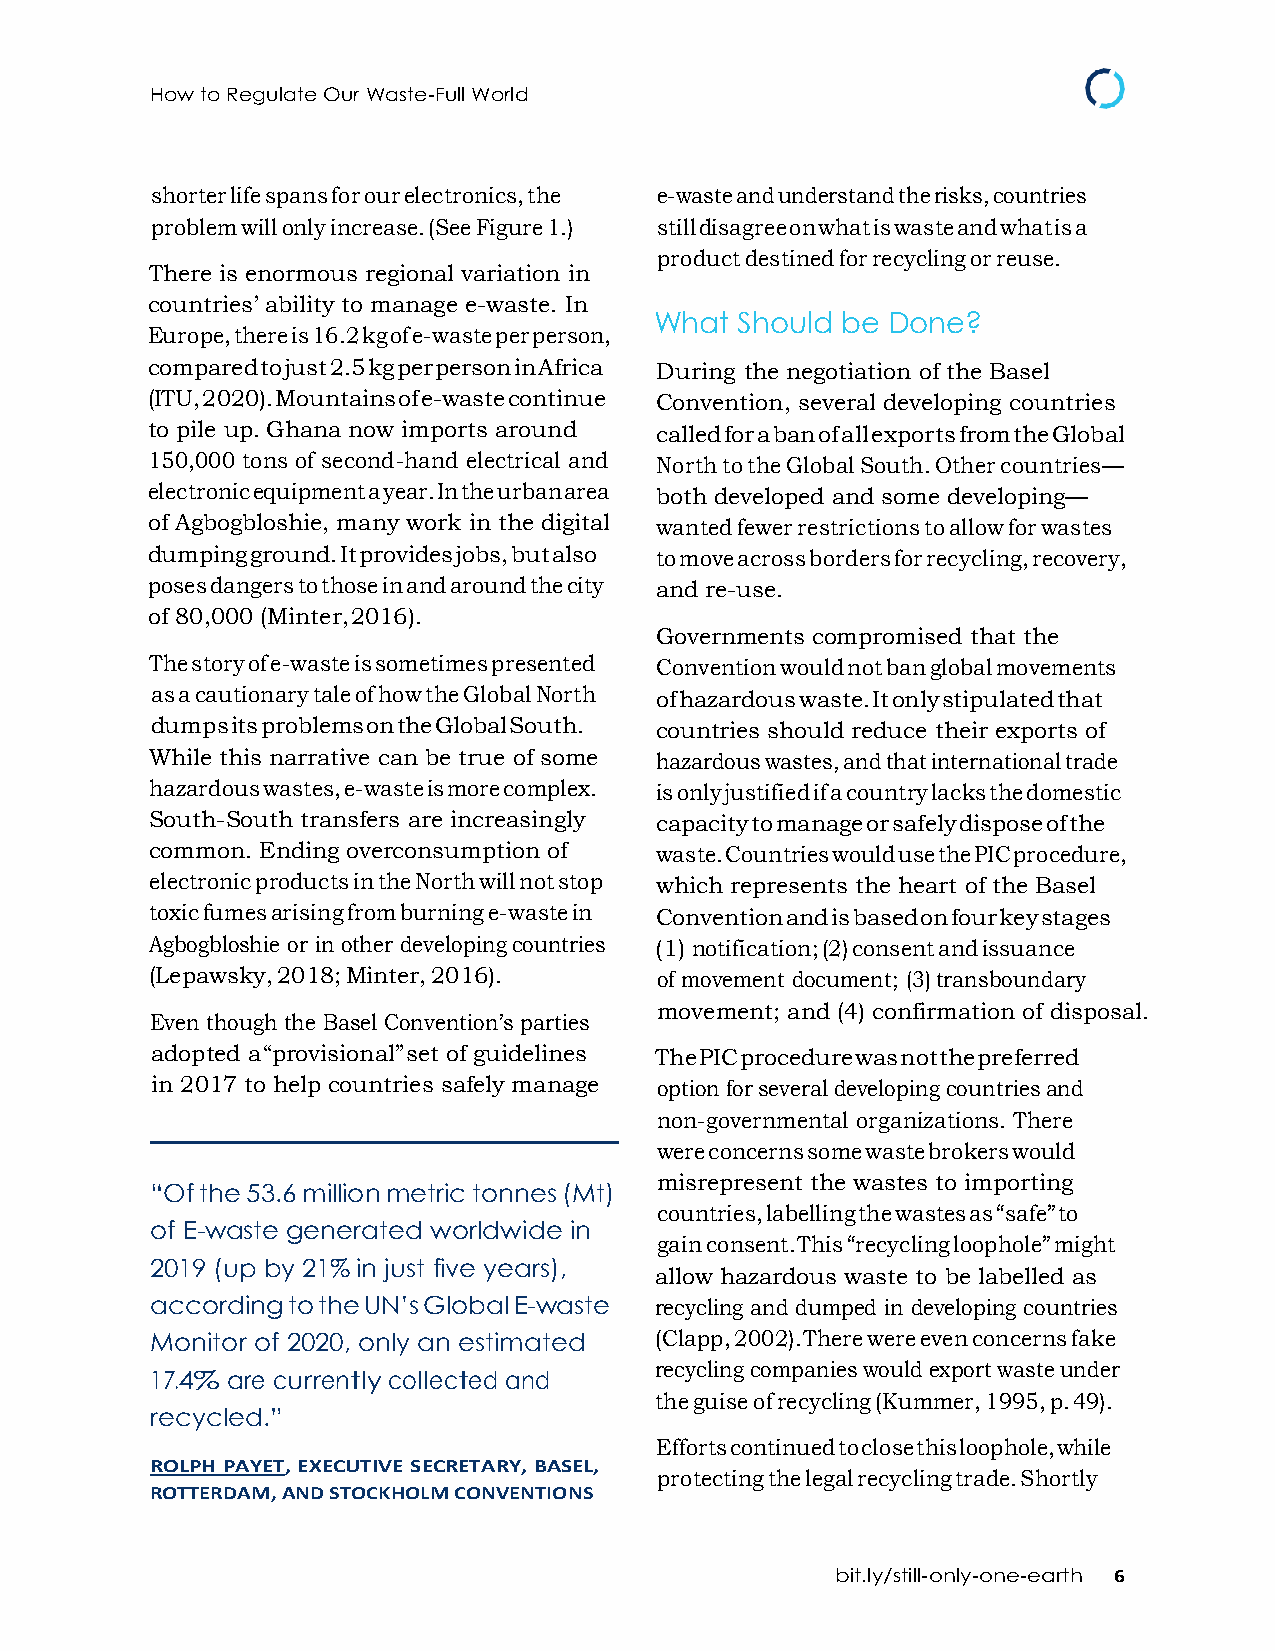
How to Regulate Our Waste-Full World
 shorter life spans for our electronics, the e-waste and understand the risks, countries
 problem will only increase. (See Figure 1.) still disagree on what is waste and what is a
 product destined for recycling or reuse.
 There is enormous regional variation in
 countries’ ability to manage e-waste. In
 What  Should be Done?
 Europe, there is 16.2 kg of e-waste per person,
 compared to just 2.5 kg per person in Africa During the negotiation of the Basel
 (ITU, 2020). Mountains of e-waste continue Convention, several developing countries
 to pile up. Ghana now imports around called for a ban of all exports from the Global
 150,000 tons of second-hand electrical and North to the Global South. Other countries—
 electronic equipment a year. In the urban area both developed and some developing—
 of Agbogbloshie, many work in the digital wanted fewer restrictions to allow for wastes
 dumping ground. It provides jobs, but also to move across borders for recycling, recovery,
 poses dangers to those in and around the city and re-use.
 of 80,000 (Minter, 2016).
 Governments compromised that the
 The story of e-waste is sometimes presented Convention would not ban global movements
 as a cautionary tale of how the Global North of hazardous waste. It only stipulated that
 dumps its problems on the Global South. countries should reduce their exports of
 While this narrative can be true of some hazardous wastes, and that international trade
 hazardous wastes, e-waste is more complex. is only justified if a country lacks the domestic
 South-South transfers are increasingly capacity to manage or safely dispose of the
 common. Ending overconsumption of waste. Countries would use the PIC procedure,
 electronic products in the North will not stop which represents the heart of the Basel
 toxic fumes arising from burning e-waste in Convention and is based on four key stages
 Agbogbloshie or in other developing countries (1) notification; (2) consent and issuance
 (Lepawsky, 2018; Minter, 2016).   of movement document; (3) transboundary
 movement; and (4) confirmation of disposal.
 Even though the Basel Convention’s parties
 adopted a “provisional” set of guidelines The PIC procedure was not the preferred
 in 2017 to help countries safely manage option for several developing countries and
 non-governmental organizations. There
 were concerns some waste brokers would
 misrepresent the wastes to importing
 “Of the 53.6 million metric tonnes (Mt)
 countries, labelling the wastes as “safe” to
 of E-waste generated worldwide in
 gain consent. This “recycling loophole” might
 2019 (up by 21% in just five years),
 allow hazardous waste to be labelled as
 according to the UN’s Global E-waste recycling and dumped in developing countries
 Monitor of 2020, only an estimated (Clapp, 2002). There were even concerns fake
 recycling companies would export waste under
 17.4% are currently collected and
 the guise of recycling (Kummer, 1995, p. 49).
 recycled.”
 Efforts continued to close this loophole, while
 ROLPH PAYET, EXECUTIVE SECRETARY, BASEL,
 protecting the legal recycling trade. Shortly
 ROTTERDAM, AND STOCKHOLM CONVENTIONS
 bit.ly/still-only-one-earth 6